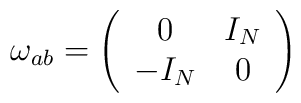
\omega_{ab}   =  \left ( \begin{array}{cc}                                        0  & I_N \\-I_N & 0 \end{array} \right )